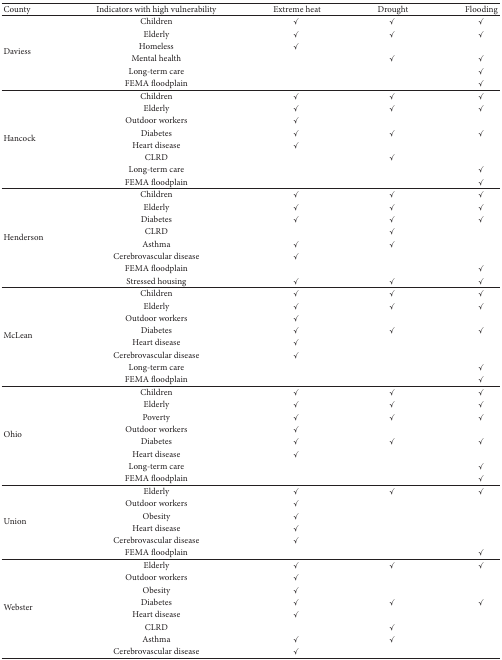
<table><thead><tr><td><b>County</b></td><td><b>Indicators with high vulnerability</b></td><td><b>Extreme heat</b></td><td><b>Drought</b></td><td><b>Flooding</b></td></tr></thead><tbody><tr><td rowspan="6">Daviess</td><td>Children</td><td>✓</td><td>✓</td><td>✓</td></tr><tr><td>Elderly</td><td>✓</td><td>✓</td><td>✓</td></tr><tr><td>Homeless</td><td>✓</td><td> </td><td> </td></tr><tr><td>Mental health</td><td> </td><td>✓</td><td>✓</td></tr><tr><td>Long-term care</td><td> </td><td> </td><td>✓</td></tr><tr><td>FEMA floodplain</td><td> </td><td> </td><td>✓</td></tr><tr><td rowspan="8">Hancock</td><td>Children</td><td>✓</td><td>✓</td><td>✓</td></tr><tr><td>Elderly</td><td>✓</td><td>✓</td><td>✓</td></tr><tr><td>Outdoor workers</td><td>✓</td><td> </td><td> </td></tr><tr><td>Diabetes</td><td>✓</td><td>✓</td><td>✓</td></tr><tr><td>Heart disease</td><td>✓</td><td> </td><td> </td></tr><tr><td>CLRD</td><td> </td><td>✓</td><td> </td></tr><tr><td>Long-term care</td><td> </td><td> </td><td>✓</td></tr><tr><td>FEMA floodplain</td><td> </td><td> </td><td>✓</td></tr><tr><td rowspan="8">Henderson</td><td>Children</td><td>✓</td><td>✓</td><td>✓</td></tr><tr><td>Elderly</td><td>✓</td><td>✓</td><td>✓</td></tr><tr><td>Diabetes</td><td>✓</td><td>✓</td><td>✓</td></tr><tr><td>CLRD</td><td> </td><td>✓</td><td> </td></tr><tr><td>Asthma</td><td>✓</td><td>✓</td><td> </td></tr><tr><td>Cerebrovascular disease</td><td>✓</td><td> </td><td> </td></tr><tr><td>FEMA floodplain</td><td> </td><td> </td><td>✓</td></tr><tr><td>Stressed housing</td><td>✓</td><td>✓</td><td>✓</td></tr><tr><td rowspan="8">McLean</td><td>Children</td><td>✓</td><td>✓</td><td>✓</td></tr><tr><td>Elderly</td><td>✓</td><td>✓</td><td>✓</td></tr><tr><td>Outdoor workers</td><td>✓</td><td> </td><td> </td></tr><tr><td>Diabetes</td><td>✓</td><td>✓</td><td>✓</td></tr><tr><td>Heart disease</td><td>✓</td><td> </td><td> </td></tr><tr><td>Cerebrovascular disease</td><td>✓</td><td> </td><td> </td></tr><tr><td>Long-term care</td><td> </td><td> </td><td>✓</td></tr><tr><td>FEMA floodplain</td><td> </td><td> </td><td>✓</td></tr><tr><td rowspan="8">Ohio</td><td>Children</td><td>✓</td><td>✓</td><td>✓</td></tr><tr><td>Elderly</td><td>✓</td><td>✓</td><td>✓</td></tr><tr><td>Poverty</td><td>✓</td><td>✓</td><td>✓</td></tr><tr><td>Outdoor workers</td><td>✓</td><td> </td><td> </td></tr><tr><td>Diabetes</td><td>✓</td><td>✓</td><td>✓</td></tr><tr><td>Heart disease</td><td>✓</td><td> </td><td> </td></tr><tr><td>Long-term care</td><td> </td><td> </td><td>✓</td></tr><tr><td>FEMA floodplain</td><td> </td><td> </td><td>✓</td></tr><tr><td rowspan="6">Union</td><td>Elderly</td><td>✓</td><td>✓</td><td>✓</td></tr><tr><td>Outdoor workers</td><td>✓</td><td> </td><td> </td></tr><tr><td>Obesity</td><td>✓</td><td> </td><td> </td></tr><tr><td>Heart disease</td><td>✓</td><td> </td><td> </td></tr><tr><td>Cerebrovascular disease</td><td>✓</td><td> </td><td> </td></tr><tr><td>FEMA floodplain</td><td> </td><td> </td><td>✓</td></tr><tr><td rowspan="8">Webster</td><td>Elderly</td><td>✓</td><td>✓</td><td>✓</td></tr><tr><td>Outdoor workers</td><td>✓</td><td> </td><td> </td></tr><tr><td>Obesity</td><td>✓</td><td> </td><td> </td></tr><tr><td>Diabetes</td><td>✓</td><td>✓</td><td>✓</td></tr><tr><td>Heart disease</td><td>✓</td><td> </td><td> </td></tr><tr><td>CLRD</td><td> </td><td>✓</td><td> </td></tr><tr><td>Asthma</td><td>✓</td><td>✓</td><td> </td></tr><tr><td>Cerebrovascular disease</td><td>✓</td><td> </td><td> </td></tr></tbody></table>